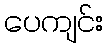
ပေကျင်း